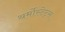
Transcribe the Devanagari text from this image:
थर्मोस्टेट्स